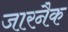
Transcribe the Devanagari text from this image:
जारनैक